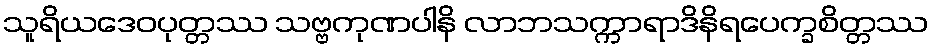
သူရိယဒေဝပုတ္တဿ သဗ္ဗကုဏပါနိ လာဘသက္ကာရာဒိနိရပေက္ခစိတ္တဿ